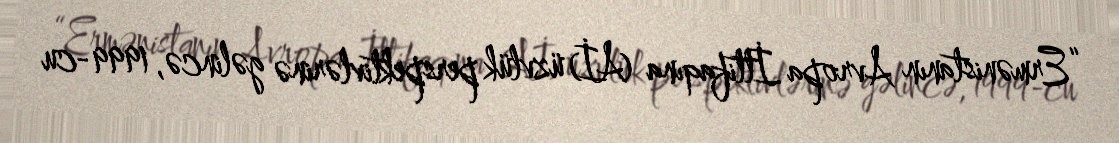
“Ermənistanın Avropa İttifaqına (Aİ) üzvlük perspektivlərinə gəlincə, 1999-cu